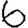
Digit: 6